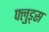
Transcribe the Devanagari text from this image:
फ्लुड्स